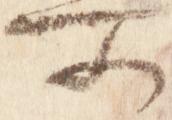
所